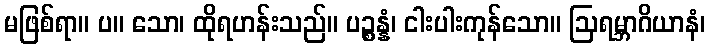
မဖြစ်ရာ။ ပ။ သော၊ ထိုရဟန်းသည်။ ပဉ္စန္နံ၊ ငါးပါးကုန်သော။ ဩရမ္ဘာဂိယာနံ၊